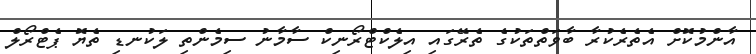
އާންމުކޮށް އެތެރެކުރާ ބާވަތްތަކުގެ ތެރޭގައި އިލެކްޓްރޯނިކް ސާމާނު ސިމެންތި ލަކުނޑި ތެޔޮ ޕެޓްރޯލް